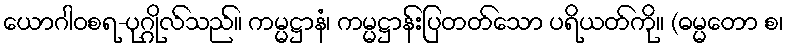
ယောဂါဝစရ-ပုဂ္ဂိုလ်သည်။ ကမ္မဋ္ဌာနံ၊ ကမ္မဋ္ဌာန်းပြတတ်သော ပရိယတ်ကို။ (ဓမ္မတော စ၊